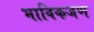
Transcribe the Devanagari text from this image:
भाविकजण